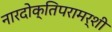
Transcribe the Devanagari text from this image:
नारदोक्तिपरामर्शी